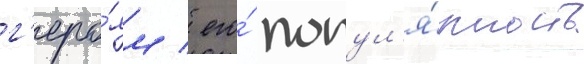
г'еро́ям / его́ попул'я́рность